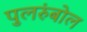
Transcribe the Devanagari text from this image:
पुलरुंबोल